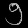
Digit: ၅